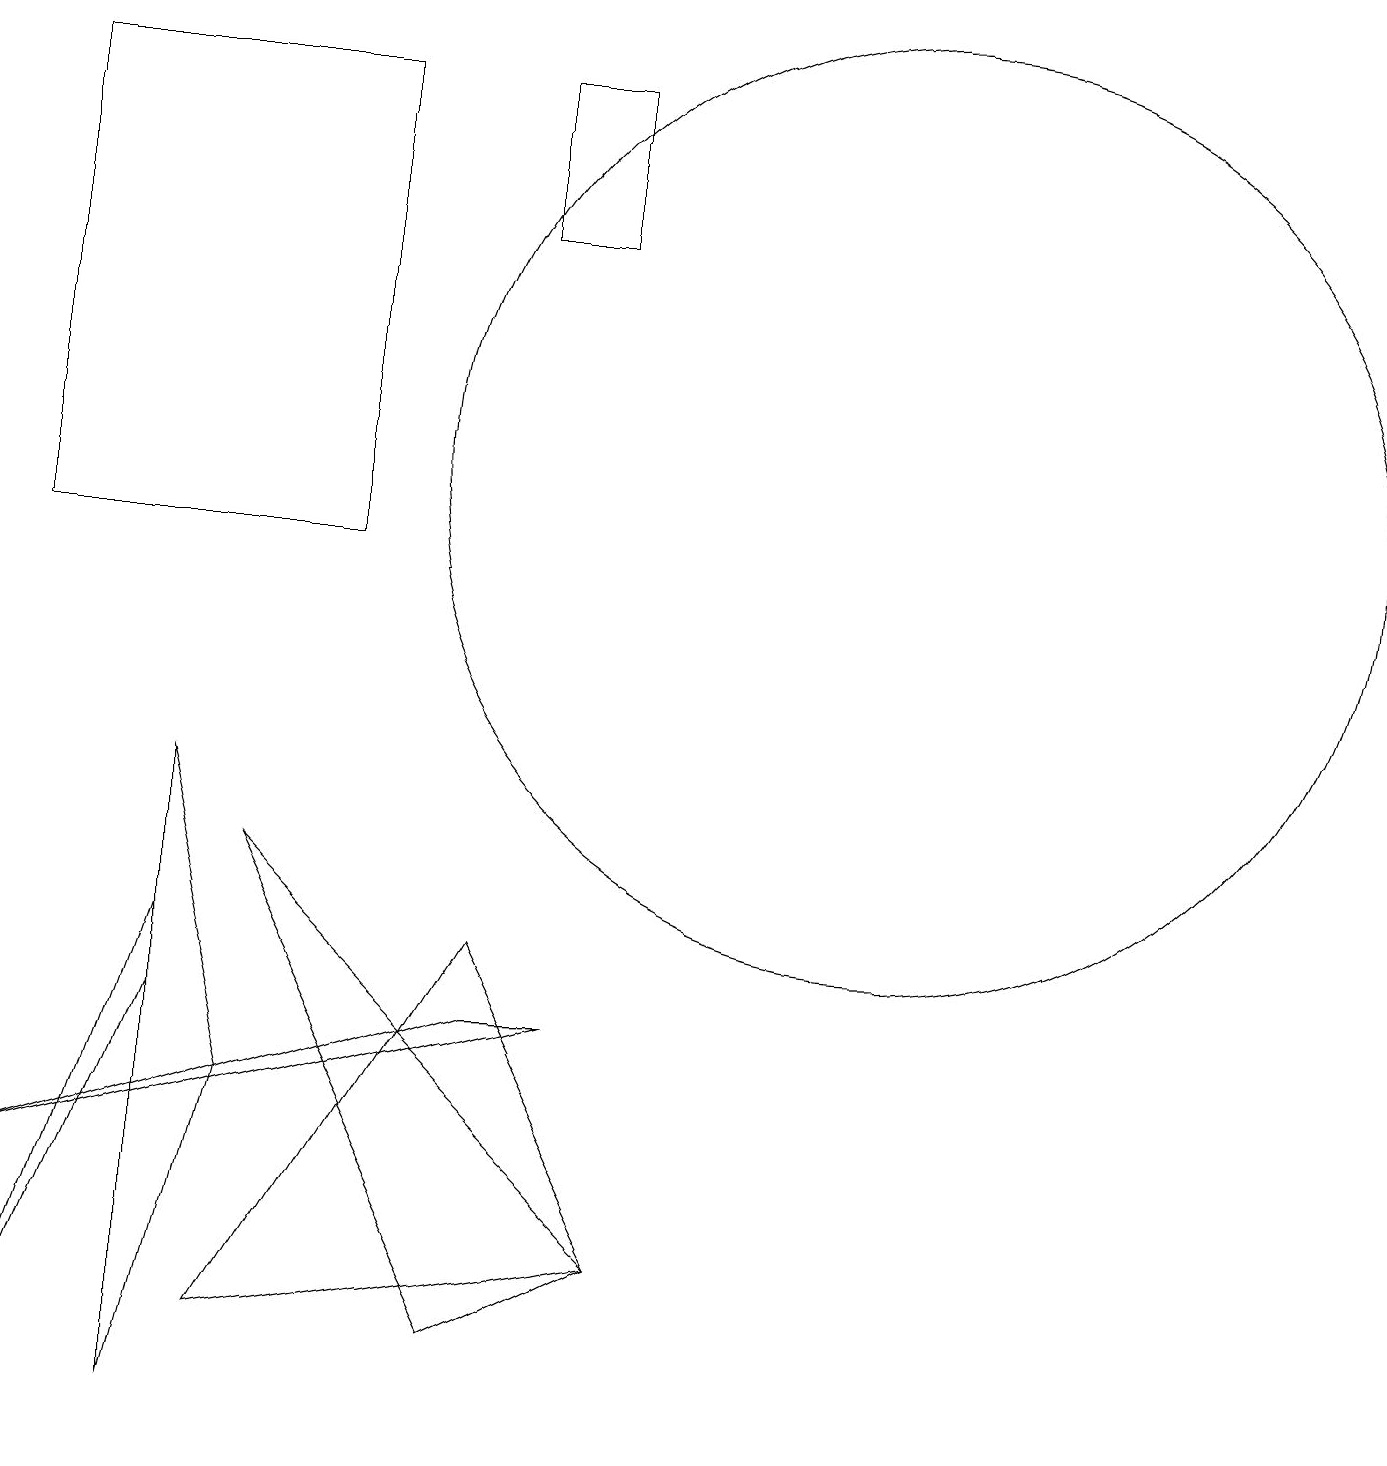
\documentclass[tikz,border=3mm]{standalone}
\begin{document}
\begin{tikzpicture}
\draw (2,5) -- (2,6) -- (0,0) -- cycle;
\draw (6,17) rectangle (7,15);
\draw (2,0) -- (3,4) -- (2,8) -- cycle;
\draw (6,1) -- (3,7) -- (8,2) -- cycle;
\draw (4,17) rectangle (0,11);
\draw (11,12) circle (6);
\draw (8,2) -- (6,6) -- (3,1) -- cycle;
\draw (7,5) -- (6,5) -- (0,3) -- cycle;
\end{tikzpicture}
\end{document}